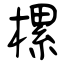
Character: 樏